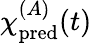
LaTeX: {\chi\smash[t]{\mathstrut}}_{\mathrm{pred}}^{(A)}(t)